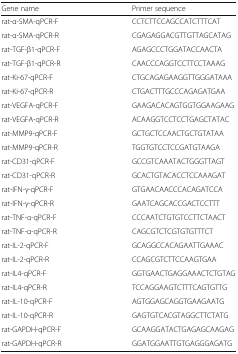
<table><thead><tr><td><b>Gene name</b></td><td><b>Primer sequence</b></td></tr></thead><tbody><tr><td>rat-α-SMA-qPCR-F</td><td>CCTCTTCCAGCCATCTTTCAT</td></tr><tr><td>rat-α-SMA-qPCR-R</td><td>CGAGAGGACGTTGTTAGCATAG</td></tr><tr><td>rat-TGF-β1-qPCR-F</td><td>AGAGCCCTGGATACCAACTA</td></tr><tr><td>rat-TGF-β1-qPCR-R</td><td>CAACCCAGGTCCTTCCTAAAG</td></tr><tr><td>rat-Ki-67-qPCR-F</td><td>CTGCAGAGAAGGTTGGGATAAA</td></tr><tr><td>rat-Ki-67-qPCR-R</td><td>CTGACTTTGCCCAGAGATGAA</td></tr><tr><td>rat-VEGFA-qPCR-F</td><td>GAAGACACAGTGGTGGAAGAAG</td></tr><tr><td>rat-VEGFA-qPCR-R</td><td>ACAAGGTCCTCCTGAGCTATAC</td></tr><tr><td>rat-MMP9-qPCR-F</td><td>GCTGCTCCAACTGCTGTATAA</td></tr><tr><td>rat-MMP9-qPCR-R</td><td>TGGTGTCCTCCGATGTAAGA</td></tr><tr><td>rat-CD31-qPCR-F</td><td>GCCGTCAAATACTGGGTTAGT</td></tr><tr><td>rat-CD31-qPCR-R</td><td>GCACTGTACACCTCCAAAGAT</td></tr><tr><td>rat-IFN-γ-qPCR-F</td><td>GTGAACAACCCACAGATCCA</td></tr><tr><td>rat-IFN-γ-qPCR-R</td><td>GAATCAGCACCGACTCCTTT</td></tr><tr><td>rat-TNF-α-qPCR-F</td><td>CCCAATCTGTGTCCTTCTAACT</td></tr><tr><td>rat-TNF-α-qPCR-R</td><td>CAGCGTCTCGTGTGTTTCT</td></tr><tr><td>rat-IL-2-qPCR-F</td><td>GCAGGCCACAGAATTGAAAC</td></tr><tr><td>rat-IL-2-qPCR-R</td><td>CCAGCGTCTTCCAAGTGAA</td></tr><tr><td>rat-IL4-qPCR-F</td><td>GGTGAACTGAGGAAACTCTGTAG</td></tr><tr><td>rat-IL4-qPCR-R</td><td>TCCAGGAAGTCTTTCAGTGTTG</td></tr><tr><td>rat-IL-10-qPCR-F</td><td>AGTGGAGCAGGTGAAGAATG</td></tr><tr><td>rat-IL-10-qPCR-R</td><td>GAGTGTCACGTAGGCTTCTATG</td></tr><tr><td>rat-GAPDH-qPCR-F</td><td>GCAAGGATACTGAGAGCAAGAG</td></tr><tr><td>rat-GAPDH-qPCR-R</td><td>GGATGGAATTGTGAGGGAGATG</td></tr></tbody></table>